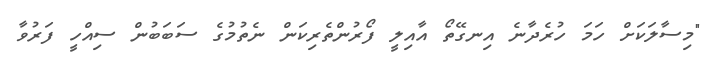
"މިސާލަކަށް ހަމަ ހުރެދާނެ އިނގޭތޯ އާއިލީ ފޯރުންތެރިކަން ނެތުމުގެ ސަބަބުން ސިއްހީ ފަރުވާ